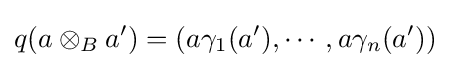
q(a\otimes _{B}a')=(a\gamma _{1}(a'),\cdots ,a\gamma _{n}(a'))